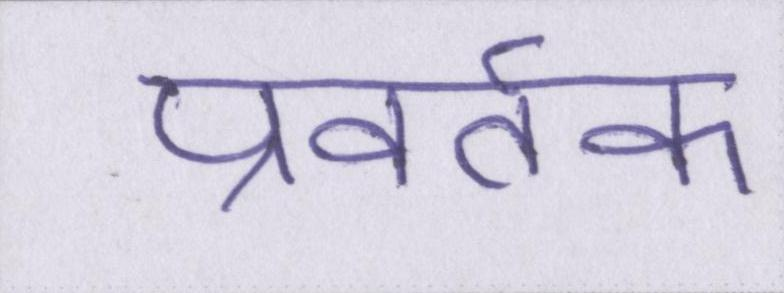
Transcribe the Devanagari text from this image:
प्रवर्तक